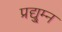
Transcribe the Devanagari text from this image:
प्रद्यु्म्न